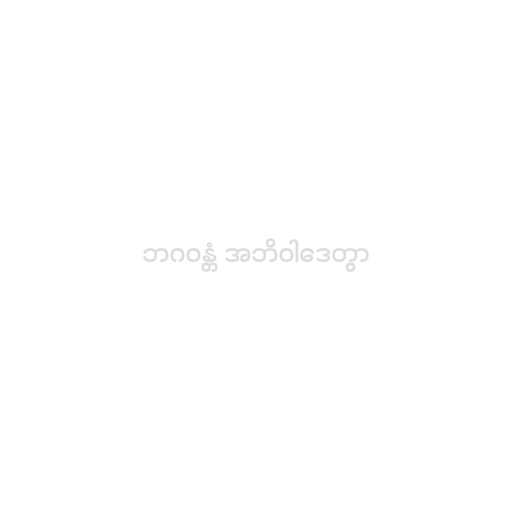
ဘဂဝန္တံ အဘိဝါဒေတွာ